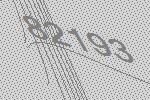
82193